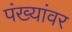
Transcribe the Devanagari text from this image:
पंख्यांवर